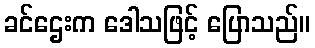
ခင်ဌေးက ဒေါသဖြင့် ပြောသည်။